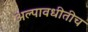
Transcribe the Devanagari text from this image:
अल्पावधीतीच